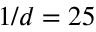
1 / d = 2 5 \